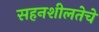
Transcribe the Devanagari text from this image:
सहनशीलतेचे